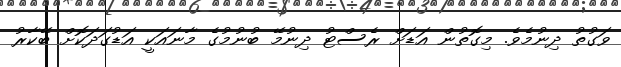
ވަގުތު ދިނުމެވެ. މިގޮތުން އަޑަށް ރެސްޓު ދިނުމޭ ބުނުމުގެ މާނައަކީ އަޑުގަދަކޮށް ބޭކާރު